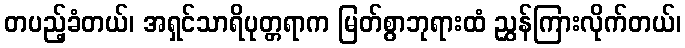
တပည့်ခံတယ်၊ အရှင်သာရိပုတ္တရာက မြတ်စွာဘုရားထံ ညွှန်ကြားလိုက်တယ်၊